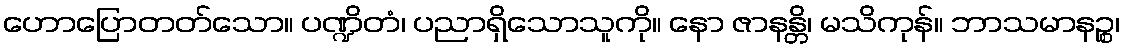
ဟောပြောတတ်သော။ ပဏ္ဍိတံ၊ ပညာရှိသောသူကို။ နော ဇာနန္တိ၊ မသိကုန်။ ဘာသမာနဉ္စ၊